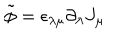
\tilde { \phi } = \epsilon _ { \lambda \mu } \partial _ { \lambda } J _ { \mu }